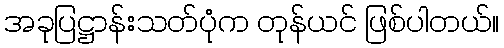
အခုပြဋ္ဌာန်းသတ်ပုံက တုန်ယင် ဖြစ်ပါတယ်။